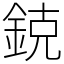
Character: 鋴